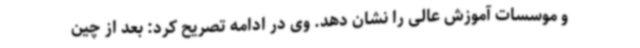
و موسسات آموزش عالی را نشان دهد. وی در ادامه تصریح کرد: بعد از چین